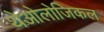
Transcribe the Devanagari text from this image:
थेओलोजिकल